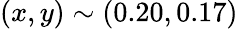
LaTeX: (x,y)\sim(0.20,0.17)